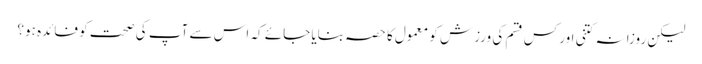
لیکن روزانہ کتنی اور کس قسم کی ورزش کو معمول کا حصہ بنایا جائے کہ اس سے آپ کی صحت کو فائدہ ہو؟